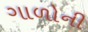
ગાળોની